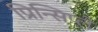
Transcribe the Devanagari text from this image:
प्रिन्सिप्ले